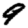
Digit: 9